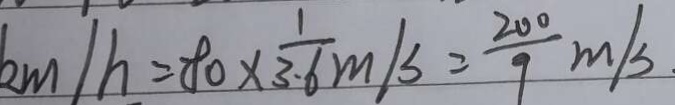
k m / h = 8 0 \times \frac { 1 } { 3 . 6 } m / s = \frac { 2 0 0 } { 9 } m / s